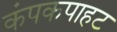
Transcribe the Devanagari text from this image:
कंपकपाहट